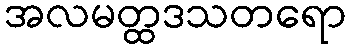
အလမတ္ထဒသတရော